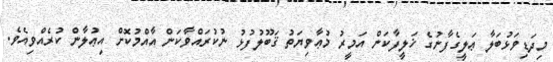
މިދަޑިވަޅުބަލާ ޢަލީގެފާނުގެ ޚަލީފާކަން އަމީރު މުޢާވިޔަތު ޤަބޫލުފުޅު ނުކުރައްވާކަން އާއްމުކޮށް އިޢުލާން ކުރެއްވިއެވެ.